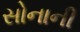
સોનાની